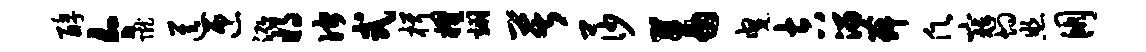
醇今陇送匝泓将伫式楫擢翊苦莎蓄曳吉溜舞愿寇灼照朋